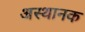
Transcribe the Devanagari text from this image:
अस्थानक